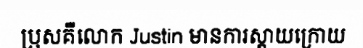
ប្រុសគឺលោក Justin មានការស្តាយក្រោយ